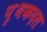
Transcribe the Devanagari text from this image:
पृथकदल